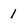
Character: 1